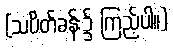
(သပိတ်ခန်း၌ ကြည့်ပါ။)